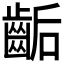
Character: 𪘇